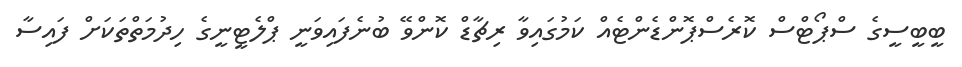
ބީބީސީގެ ސްޕޯޓްސް ކޮރެސްޕޮންޑެންޓެއް ކަމުގައިވާ ރިޗާޑް ކޮންވޭ ބުނެފައިވަނީ ޕްލެޓީނީގެ ހިދުމަތްތަކަށް ފައިސާ